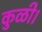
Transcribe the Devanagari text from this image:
कुळी।